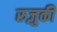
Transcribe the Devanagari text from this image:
रुज़ुकी